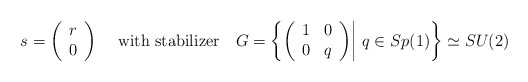
\begin{align*}s=\bigg(\begin{array}{c} r \\ 0 \end{array}\bigg)~~~~\textrm{with stabilizer}~~~ G=\bigg\{\bigg(\begin{array}{cc} 1 & 0 \\ 0 & q\end{array}\bigg)\bigg|~ q\in Sp(1) \bigg\}\simeq SU(2)\end{align*}